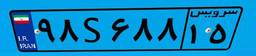
۱۷S۷۹۶۹۵